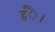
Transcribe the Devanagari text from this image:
हंै।